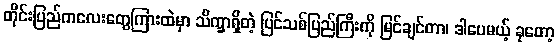
တိုင်းပြည်ကလေးတွေကြားထဲမှာ သိက္ခာရှိတဲ့ ပြင်သစ်ပြည်ကြီးကို မြင်ချင်တာ၊ ဒါပေမယ့် ခုတော့